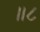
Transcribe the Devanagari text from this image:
॥८